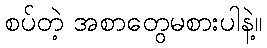
စပ်တဲ့ အစာတွေမစားပါနဲ့။